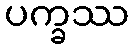
ပက္ခဿ